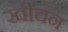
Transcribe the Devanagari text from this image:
खींचन